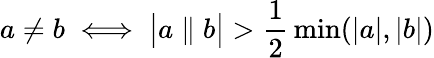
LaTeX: a\neq b\iff{\big|}a\parallel b{\big|}>{\frac{1}{2}}\operatorname*{min}(|a|,|b|)